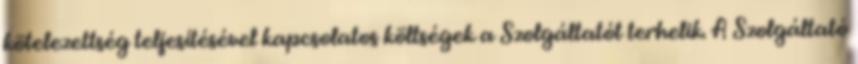
kötelezettség teljesítésével kapcsolatos költségek a Szolgáltatót terhelik. A Szolgáltató